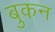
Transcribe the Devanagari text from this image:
बुकन